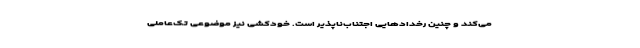
می‌کند و چنین رخدادهایی اجتناب‌ناپذیر است. خودکشی نیز موضوعی تک‌عاملی